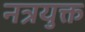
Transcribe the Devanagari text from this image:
नत्रयुक्त